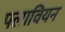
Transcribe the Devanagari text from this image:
फ्लावियन